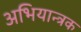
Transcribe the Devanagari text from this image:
अभियान्त्रक